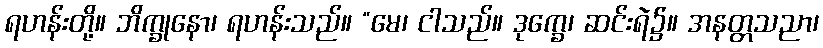
ရဟန်းတို့။ ဘိက္ခုနော၊ ရဟန်းသည်။ “မေ၊ ငါသည်။ ဒုက္ခေ၊ ဆင်းရဲ၌။ အနတ္တသညာ၊